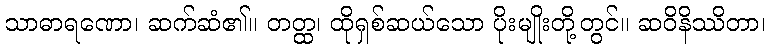
သာဓာရဏော၊ ဆက်ဆံ၏။ တတ္ထ၊ ထိုရှစ်ဆယ်သော ပိုးမျိုးတို့တွင်။ ဆဝိနိဿိတာ၊